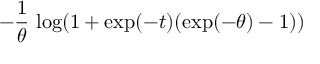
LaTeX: - { \frac { 1 } { \theta } } \, \log ( 1 + \exp ( - t ) ( \exp ( - \theta ) - 1 ) )